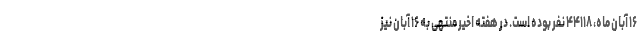
۱۶ آبان ماه، ۴۴۱۱۸ نفر بوده است. در هفته اخیر منتهی به ۱۶ آبان نیز